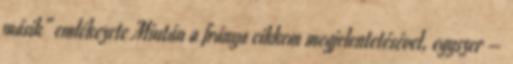
másik” emlékezete Miután a fránya cikkem megjelentetésével, egyszer –